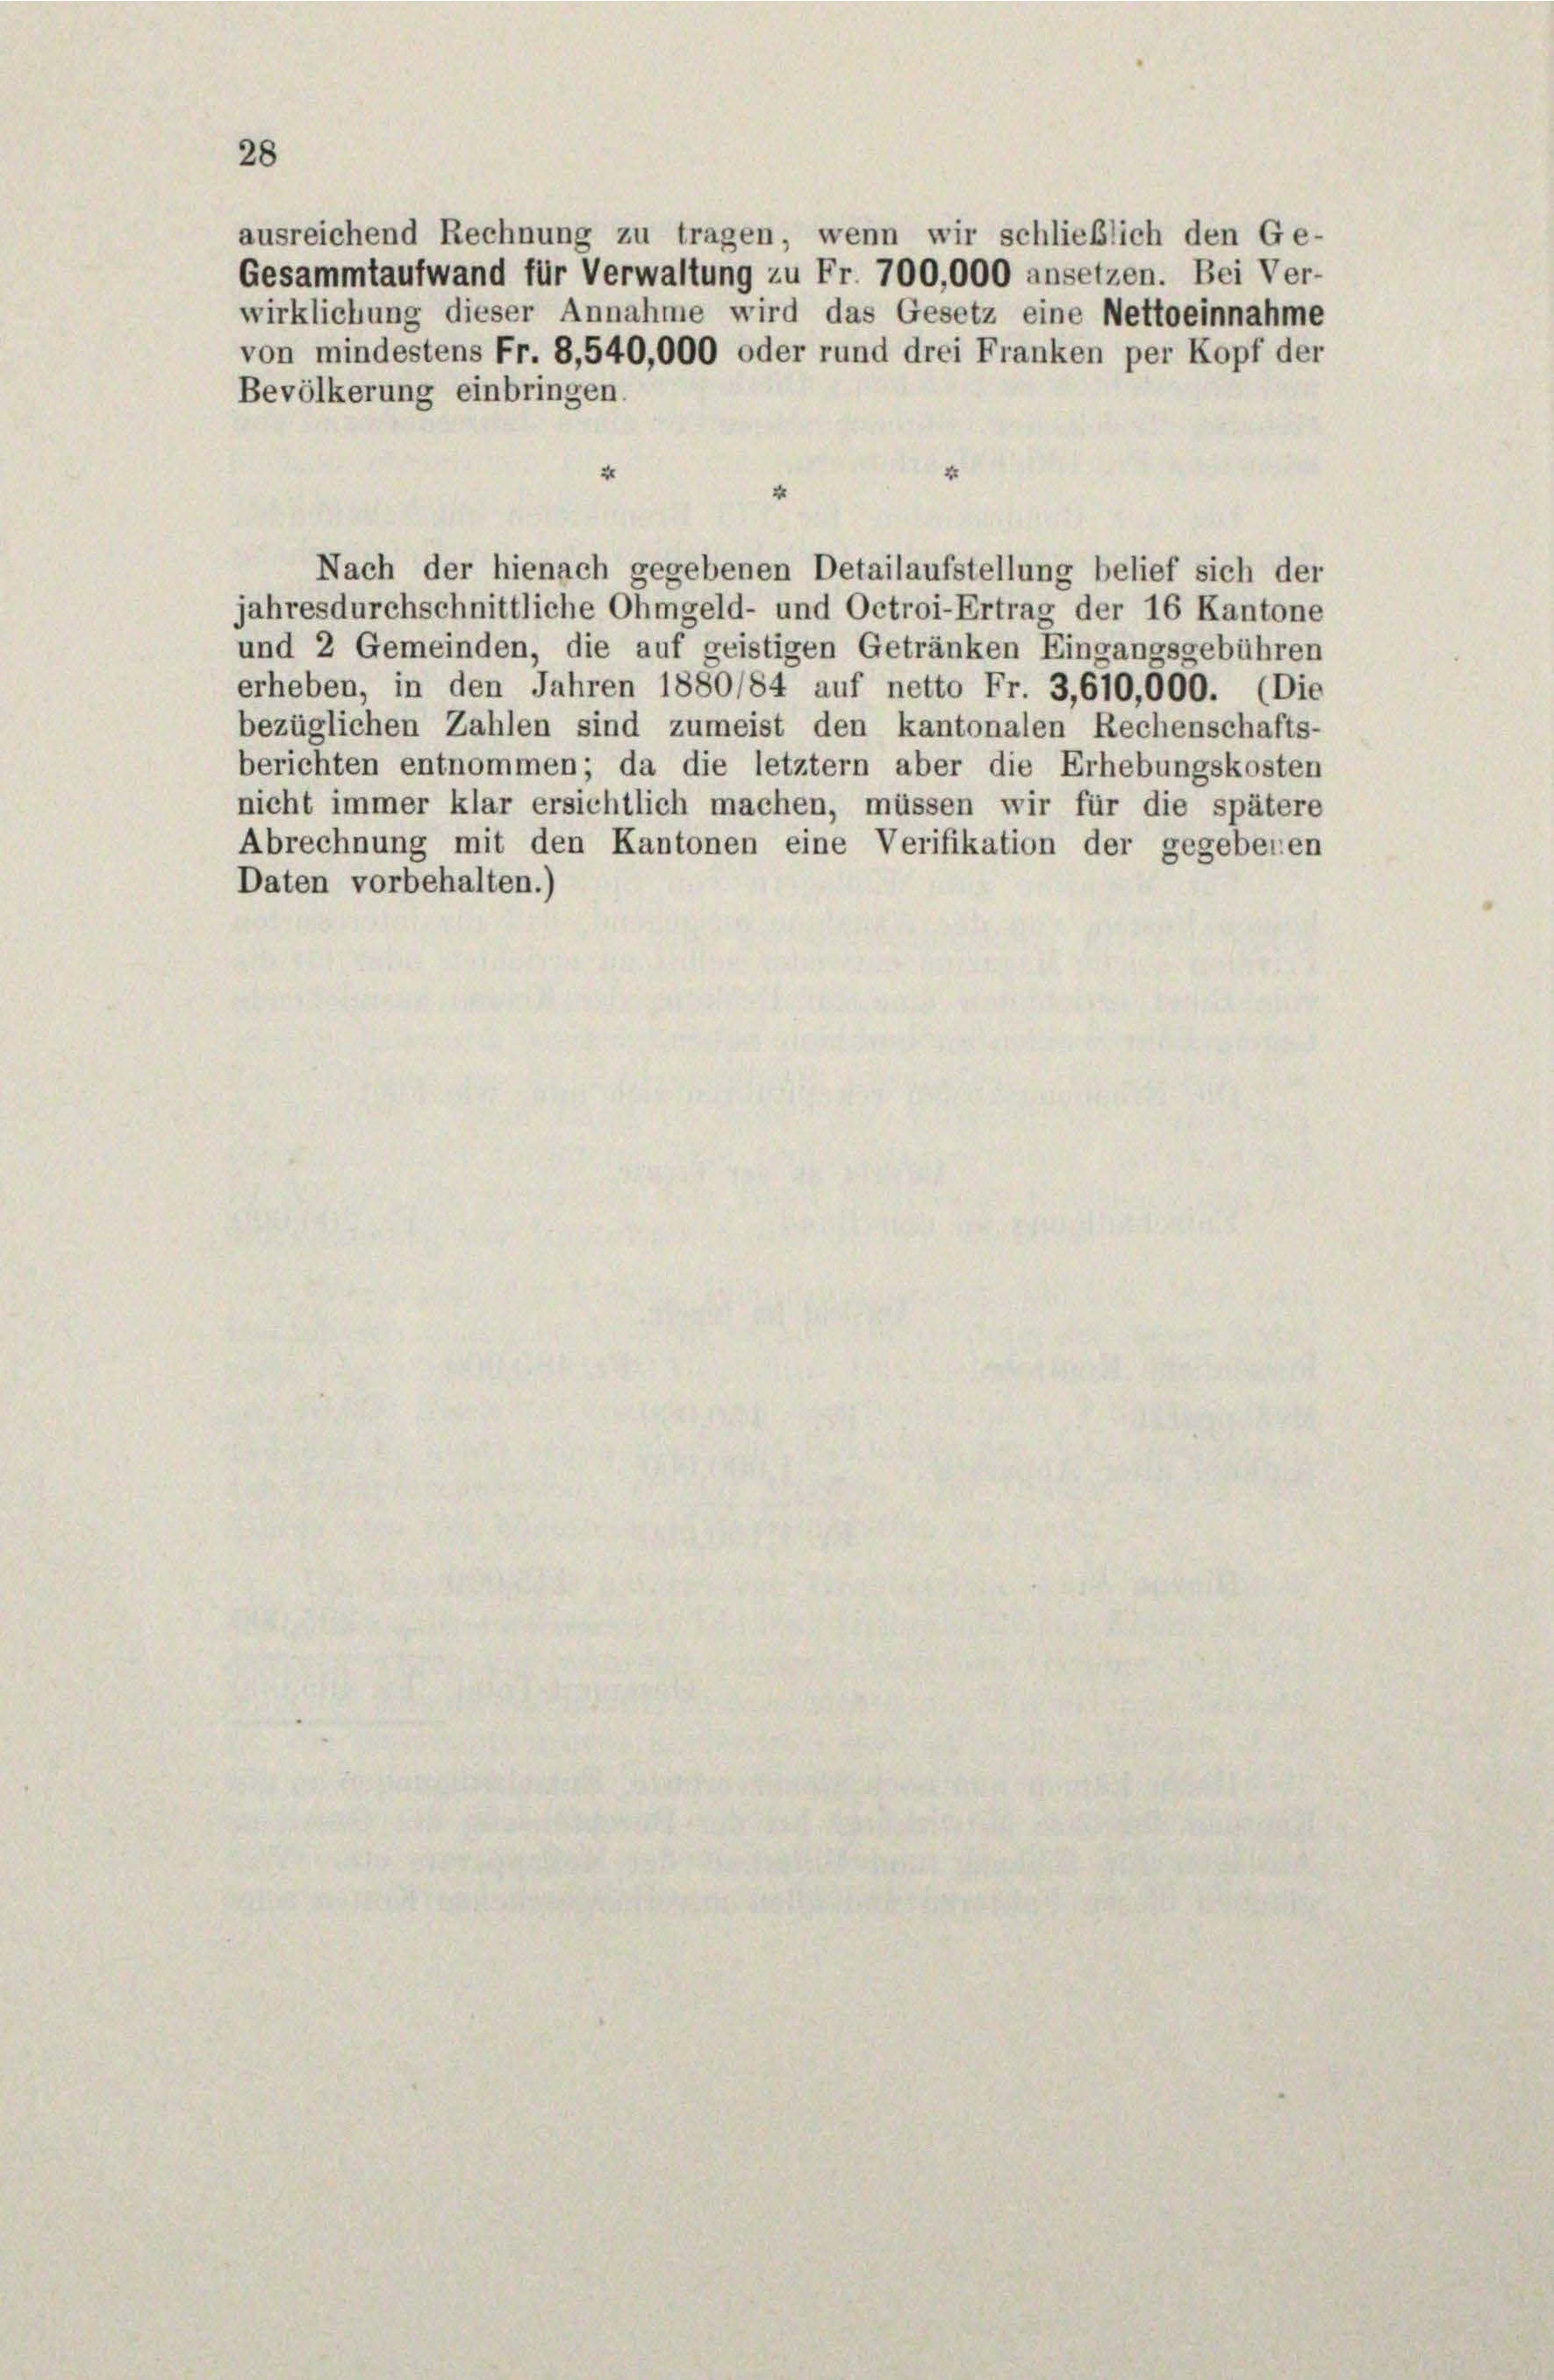
ausreichend Rechnung zu tragen, wenn wir schließlich den Ge-
Gesammtaufwand für Verwaltung zu Fr. 700,000 ansetzen. Bei Ver-
wirklichung dieser Annahme wird das Gesetz eine Nettoeinnahme
von mindestens Fr. 8,540,000 oder rund drei Franken per Kopf der

28

Bevölkerung einbringen.
4
Nach der hienach gegebenen Detailaufstellung belief sich der
jahresdurchschnittliche Ohmgeld- und Octroi-Ertrag der 16 Kantone
und 2 Gemeinden, die auf geistigen Getränken Eingangsgebühren
erheben, in den Jahren 1880/84 auf netto Fr. 3,610,000. (Die
bezüglichen Zahlen sind zumeist den kantonalen Rechenschafts-
berichten entnommen; da die letztem aber die Erhebungskosten
nicht immer klar ersichtlich machen, müssen wir für die spätere
Abrechnung mit den Kantonen eine Verifikation der gegebenen
Daten vorbehalten.)